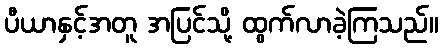
ပီယာနှင့်အတူ အပြင်သို့ ထွက်လာခဲ့ကြသည်။